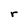
Character: r